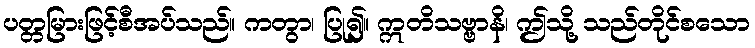
ပတ္တမြားဖြင့်စီအပ်သည်။ ကတွာ၊ ပြု၍။ ဣတိသဗ္ဗာနိ၊ ဤသို့ သည်တိုင်စသော